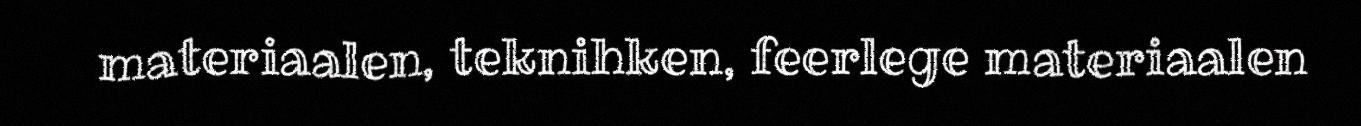
materiaalen, teknihken, feerlege materiaalen